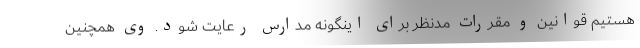
هستیم قوانین و مقررات مدنظر برای اینگونه مدارس رعایت شود. وی همچنین